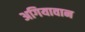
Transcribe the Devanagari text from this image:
अगियावान